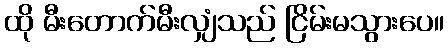
ထို မီးတောက်မီးလျှံသည် ငြိမ်းမသွားပေ။